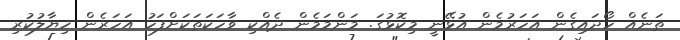
ތަނެއް ހޯދައިގެން އަހަރުމެން އުޅޭނީ މިކޮޅުގަ. މަންމަމެން ދެއްކި ވާހަކަތަކަށްފަހު އަހަރެން ޚިޔާލުކުރި